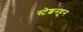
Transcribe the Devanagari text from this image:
स्टेशनहून